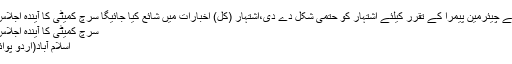
پیمرا سرچ کمیٹی نے چیئرمین پیمرا کے تقرر کیلئے اشتہار کو حتمی شکل دے دی،اشتہار (کل) اخبارات میں شائع کیا جائیگا سرچ کمیٹی کا آیندہ اجلاس 18 مئی کو ہو گا
سرچ کمیٹی کا آیندہ اجلاس 18 مئی کو ہو گا
اسلام آباد(اُردو پوائنٹ اخبارتازہ ترین۔